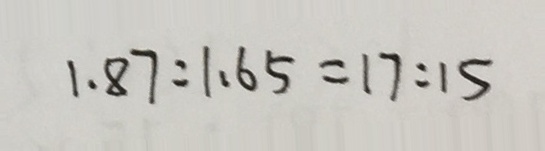
1 . 8 7 : 1 . 6 5 = 1 7 : 1 5